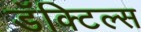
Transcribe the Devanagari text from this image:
डॅक्टिल्स